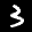
Label: 3